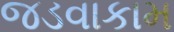
જડવાકામ